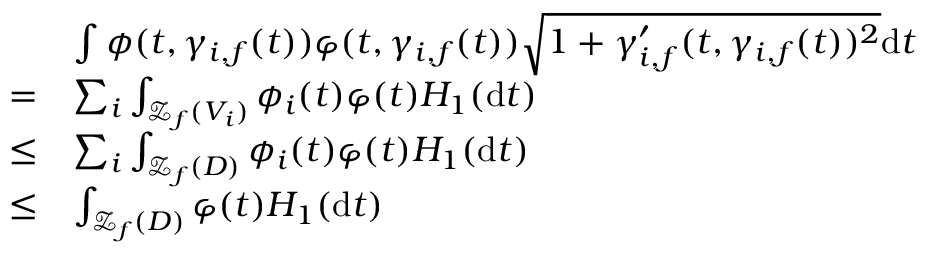
\begin{array} { r l } & { \int \phi ( t , \gamma _ { i , f } ( t ) ) \varphi ( t , \gamma _ { i , f } ( t ) ) \sqrt { 1 + \gamma _ { i , f } ^ { \prime } ( t , \gamma _ { i , f } ( t ) ) ^ { 2 } } \mathrm { d } t } \\ { = } & { \sum _ { i } \int _ { \mathcal { Z } _ { f } ( V _ { i } ) } \phi _ { i } ( t ) \varphi ( t ) H _ { 1 } ( \mathrm { d } t ) } \\ { \leq } & { \sum _ { i } \int _ { \mathcal { Z } _ { f } ( D ) } \phi _ { i } ( t ) \varphi ( t ) H _ { 1 } ( \mathrm { d } t ) } \\ { \leq } & { \int _ { \mathcal { Z } _ { f } ( D ) } \varphi ( t ) H _ { 1 } ( \mathrm { d } t ) } \end{array}